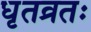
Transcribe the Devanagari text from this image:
धृतव्रतः